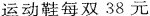
运动鞋每双38元